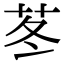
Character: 苳